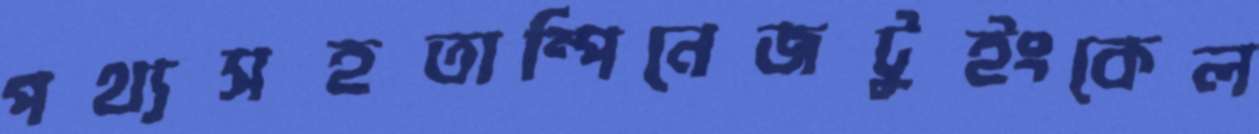
পথ্যসহতাম্পিনেজটুইংকেল